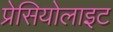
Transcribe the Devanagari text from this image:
प्रेसियोलाइट